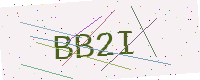
Text: BB2I